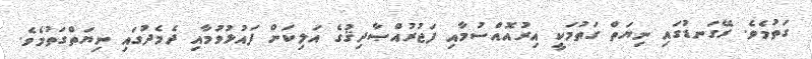
ގަތުމެވެ. ރޭގަނޑުގައި ނިޔަތް ގަތުމަކީ އިރުއޮއްސުމާއި ފަޖުރުއްޞާދިޤުގެ އަލިކަން ފައުޅުވުމާއި ދެމެދުގައި ނިޔަތްގަތުމެވެ.